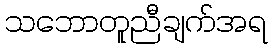
သဘောတူညီချက်အရ